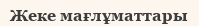
Жеке мағлұматтары